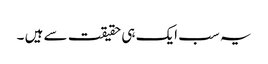
یہ سب ایک ہی حقیقت سے ہیں ۔